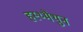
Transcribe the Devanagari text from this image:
हस्थ्मैथुन